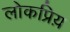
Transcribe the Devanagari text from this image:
लोकप्रिय़